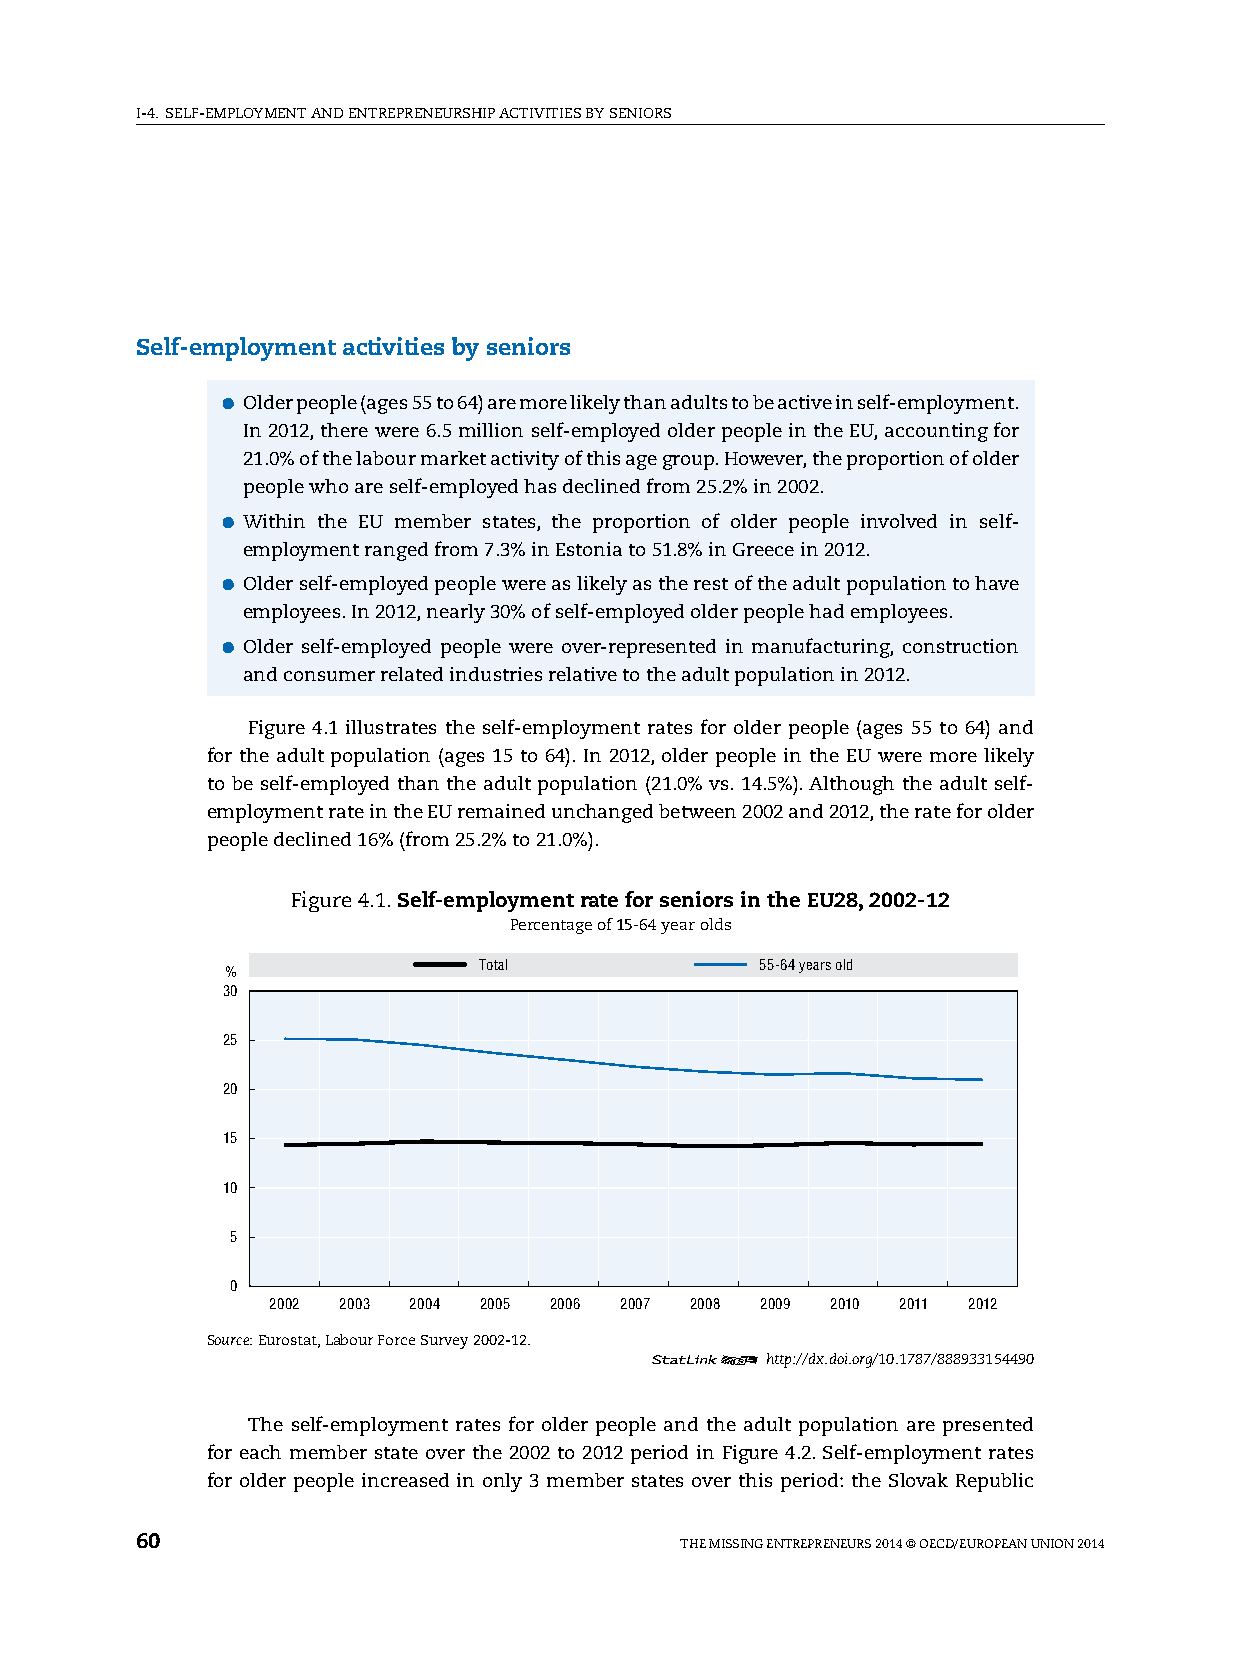
I-4. sElF-EMplOyMENT AND ENTREpRENEURshIp ACTIvITIEs By sENIORs
 Self-employment activities by seniors
 ●●Older people (ages 55 to 64) are more likely than adults to be active in self-employment.
 In 2012, there were 6.5 million self-employed older people in the EU, accounting for
 21.0% of the labour market activity of this age group. however, the proportion of older
 people who are self-employed has declined from 25.2% in 2002.
 ●●Within the EU member states, the proportion of older people involved in self-
 employment ranged from 7.3% in Estonia to 51.8% in Greece in 2012.
 ●●Older self-employed people were as likely as the rest of the adult population to have
 employees. In 2012, nearly 30% of self-employed older people had employees.
 ●●Older self-employed people were over-represented in manufacturing, construction
 and consumer related industries relative to the adult population in 2012.
 Figure 4.1 illustrates the self-employment rates for older people (ages 55 to 64) and
 for the adult population (ages 15 to 64). In 2012, older people in the EU were more likely
 to be self-employed than the adult population (21.0% vs. 14.5%). Although the adult self-
 employment rate in the EU remained unchanged between 2002 and 2012, the rate for older
 people declined 16% (from 25.2% to 21.0%).
 Figure 4.1. Self-employment rate for seniors in the EU28, 2002-12
 percentage of 15-64 year olds
 Total             55-64 years old
 %
 30
 25
 20
 15
 10
 5
 0
 2002 2003 2004 2005 2006 2007 2008 2009 2010 2011 2012
 Source: Eurostat, labour Force survey 2002-12.
 12      http://dx.doi.org/10.1787/888933154490
 The self-employment rates for older people and the adult population are presented
 for each member state over the 2002 to 2012 period in Figure 4.2. self-employment rates
 for older people increased in only 3 member states over this period: the slovak Republic
 60                                  ThE MIssING ENTREpRENEURs 2014 © OECD/EUROpEAN UNION 2014